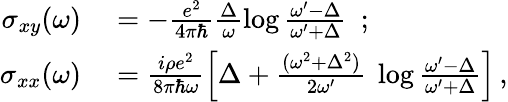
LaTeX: \begin{array}{rl}{\sigma_{xy}(\omega)}&{{}=-\frac{e^{2}}{4\pi\hbar}\frac{\Delta}{\omega}\log\frac{\omega^{\prime}-\Delta}{\omega^{\prime}+\Delta}\ \ ;}\\ {\sigma_{xx}(\omega)}&{{}=\frac{i\rho e^{2}}{8\pi\hbar\omega}\left[\Delta+\frac{(\omega^{2}+\Delta^{2})}{2\omega^{\prime}}\ \log\frac{\omega^{\prime}-\Delta}{\omega^{\prime}+\Delta}\right]\, ,}\end{array}